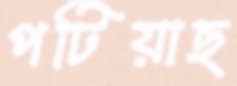
পটিয়াছ